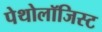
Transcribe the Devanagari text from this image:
पेथोलॉजिस्ट